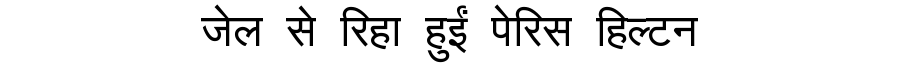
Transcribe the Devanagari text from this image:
जेल से रिहा हुईं पेरिस हिल्टन